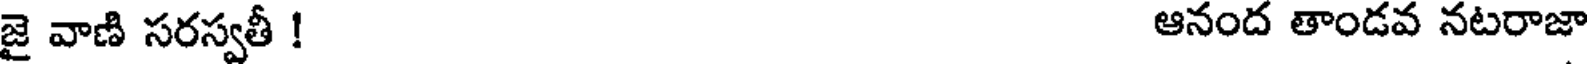
జై వాణి సరస్వతీ ! ఆనంద తాండవ నటరాజా